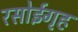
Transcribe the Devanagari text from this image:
रसोईगृह